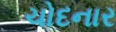
ચોદનાર